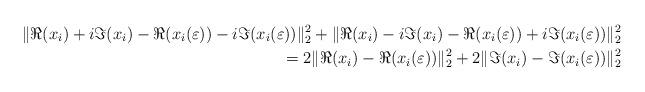
LaTeX: \begin{align*}\|\Re(x_i)+i\Im(x_i)-\Re(x_i(\varepsilon))-i\Im(x_i(\varepsilon))\|_2^2 +\|\Re(x_i)-i\Im(x_i)-\Re(x_i(\varepsilon))+i\Im(x_i(\varepsilon))\|_2^2 \\=2\|\Re(x_i)-\Re(x_i(\varepsilon))\|_2^2+2\|\Im(x_i)-\Im(x_i(\varepsilon))\|_2^2\end{align*}